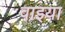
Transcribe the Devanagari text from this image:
वाइया